Haapsalu_Metskond, lk 10
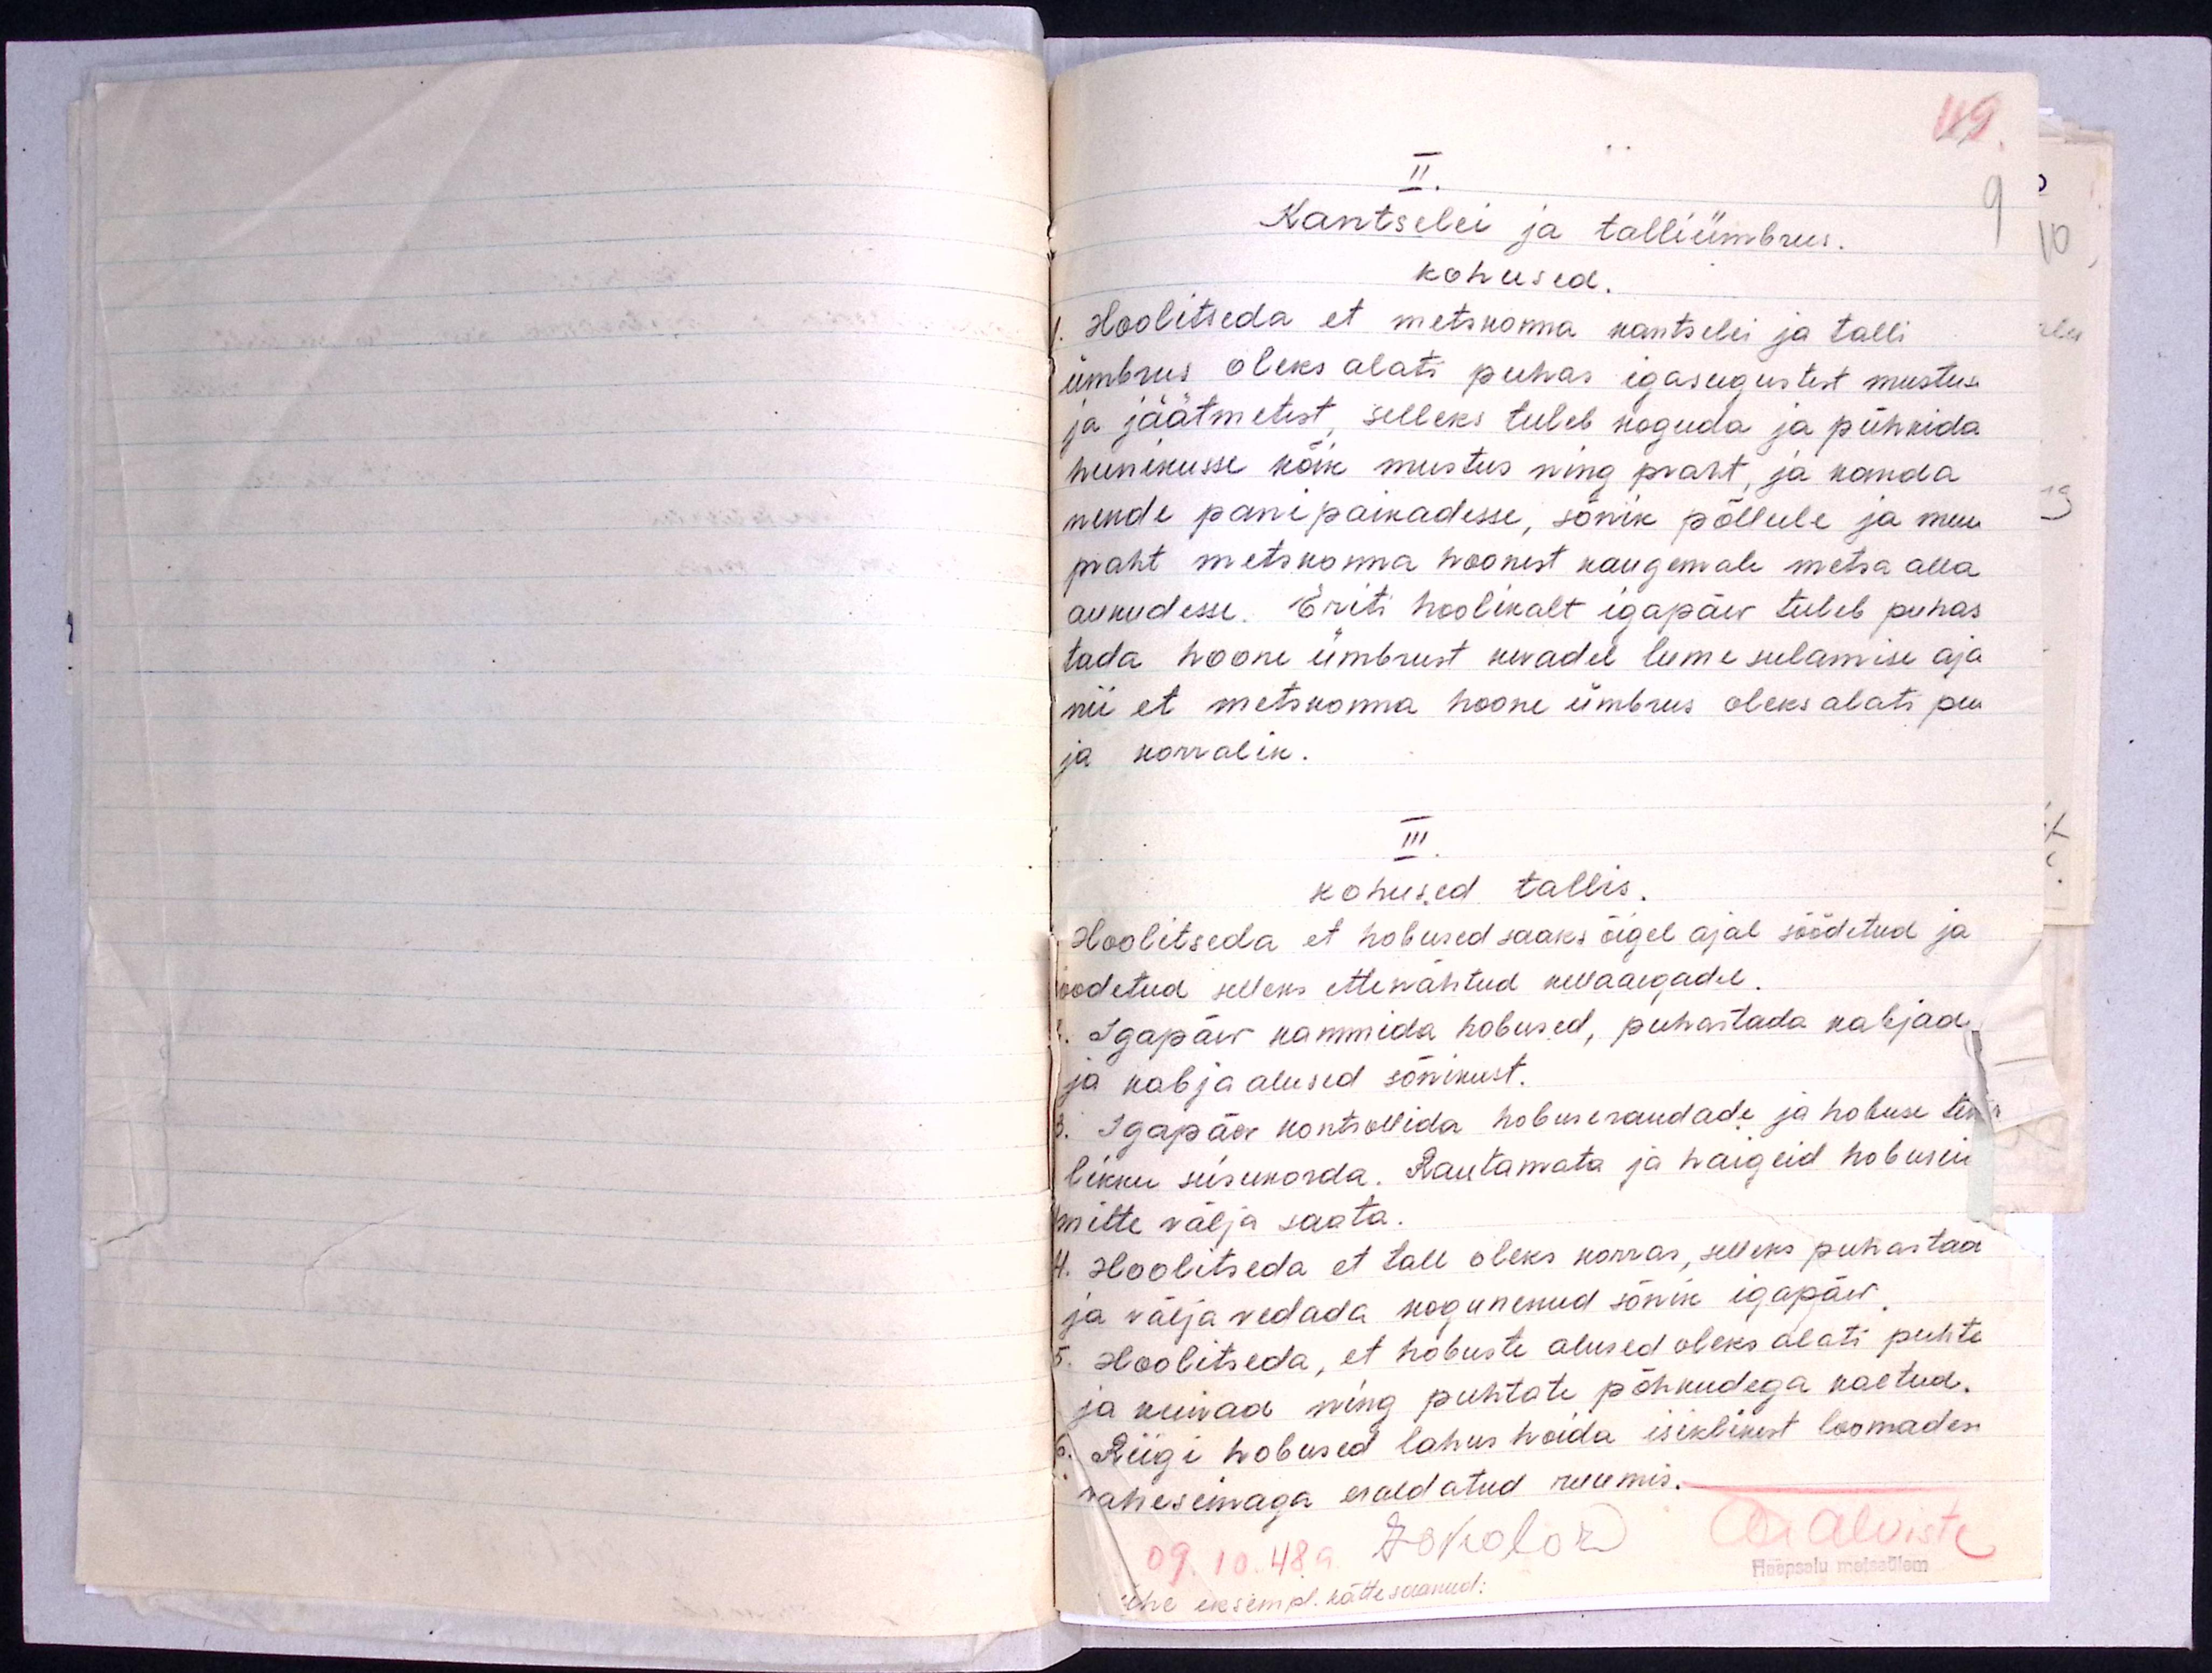
49.
II.
Kantselei ja talliümbrus.
9
kohused.
1. Hoolitseda et metskonna kantselei ja talli
ümbrus oleks alati puhas igasugustest mustuse
ja jäätmetest, selleks tuleb koguda ja pühkida
hunikusse kõik mustus ning praht, ja kanda
nende panipaikadesse, sõnik põllule ja muu
praht metskonna hoonest kaugemale metsa alla
aukudesse. Eriti hoolikalt igapäev tuleb puhas
tada hoone ümbrust kevadel lume sulamise aja
nii et metskonna hoone ümbrus oleks alati pu
ja korralik.
III.
kohused tallis.
Hoolitseda, et hobused saaks õigel ajal söödetud ja
joodetud selleks ettenähtud kellaaegadel.
Igapäev kammida hobused, puhastada kabjad
ja kabjaalused sõnikust.
3. Igapäev kontrollida hobuseraudade ja hobuse ter
likku seisukorda. Rautamata ja haigeid hobuseid
mitte välja saata.
4. Hoolitseda et tall oleks korras, selleks puhastad
ja välja vedada kogunenud sõnik igapäev.
5. Hoolitseda, et hobuste alused oleks alati puhte
ja kuivad ning puhtate põhkudega kaetud.
6. Riigi hobused lahus hoida isiklikest loomades
vaheseinaga eraldatud ruumis.
09.10.48 a
ATalviste
Hääpsalu metsaülem
ühe eksempl. kättesaanud: